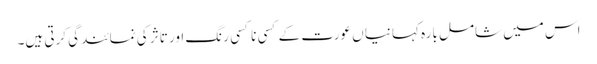
اس میں شامل بارہ کہانیا ں عورت کے کسی نا کسی رنگ اور تاثر کی نمائندگی کرتی ہیں۔